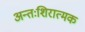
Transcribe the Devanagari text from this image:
अन्तःशिरात्मक